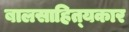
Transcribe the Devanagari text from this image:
बालसाहित्‍यकार